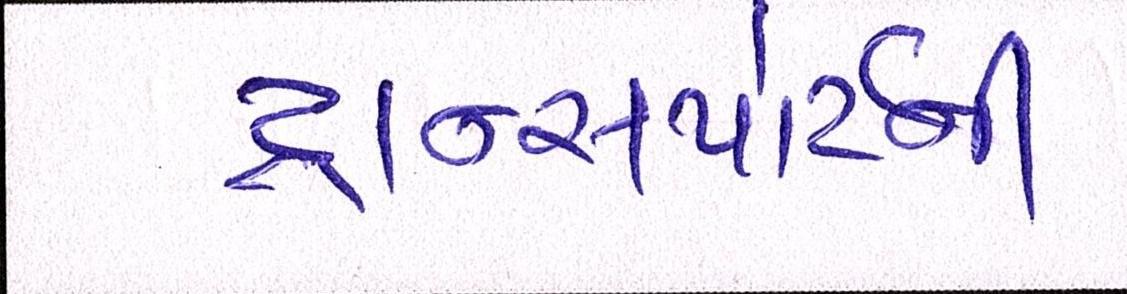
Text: ટ્રાન્સપોર્ટની